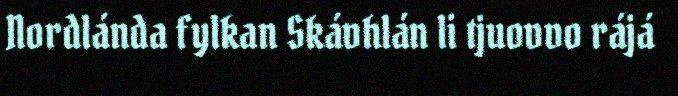
Nordlánda fylkan Skávhlán li tjuovvo rájá